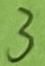
Text: 3